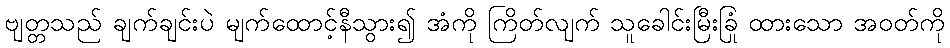
ဗျတ္တသည် ချက်ချင်းပဲ မျက်ထောင့်နီသွား၍ အံကို ကြိတ်လျက် သူခေါင်းမြီးခြုံ ထားသော အဝတ်ကို